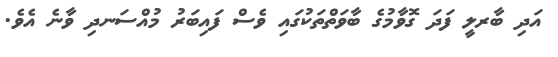
އަދި ބާރލީ ފަދަ ގޮވާމުގެ ބާވަތްތަކުގައި ވެސް ފައިބަރު މުއްސަނދި ވާނެ އެވެ.